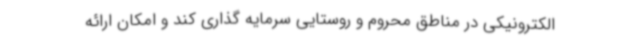
الکترونیکی در مناطق محروم و روستایی سرمایه گذاری کند و امکان ارائه